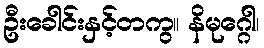
ဦးခေါင်းနှင့်တကွ။ နိမုဂ္ဂေါ၊